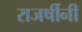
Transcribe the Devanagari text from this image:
राजर्षीनी